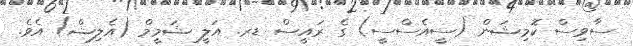
ސާވިސް ކޮމިޝަން (ސީއެސްސީ) ގެ ރައީސް ޑރ. އަލީ ޝަމީމް (އެލިޝް) އެވެ.